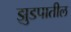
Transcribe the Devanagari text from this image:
झुडपातील